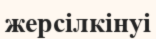
жерсілкінуі